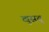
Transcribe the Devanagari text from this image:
खुसबू